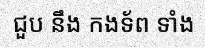
ជួប នឹង កងទ័ព ទាំង